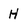
Character: H